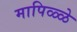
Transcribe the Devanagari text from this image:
मापिळ्ळे